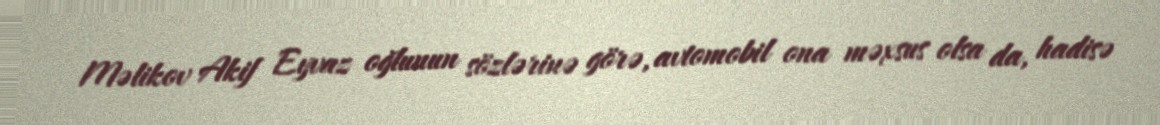
Məlikov Akif Eyvaz oğlunun sözlərinə görə, avtomobil ona məxsus olsa da, hadisə